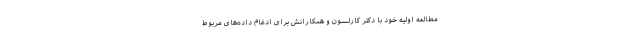
مطالعه اولیه خود با دکتر کارلسون و همکارانش برای ادغام داده‌های مربوط